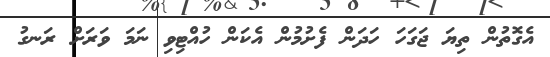
އެގޮތުން ތިޔަ ޖަގަހަ ހަދަން ފެށުމުން އެކަން ހުއްޓިވި ނަމަ ވަރަށް ރަނގު